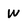
Character: W